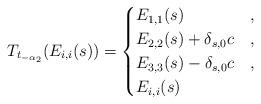
LaTeX: \begin{gather*}T_{t_{-\alpha_2}}(E_{i,i}(s)) = \begin{cases}E_{1,1}(s) & , \\E_{2,2}(s) + \delta_{s,0}c & , \\E_{3,3}(s) - \delta_{s,0}c & , \\E_{i,i}(s) & \end{cases}\end{gather*}